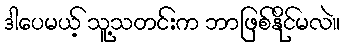
ဒါပေမယ့် သူ့သတင်းက ဘာဖြစ်နိုင်မလဲ။